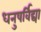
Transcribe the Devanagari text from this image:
धनुषर्विद्या